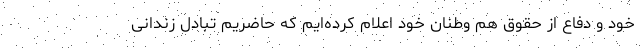
خود و دفاع از حقوق هم وطنان خود اعلام کرده‌ایم که حاضریم تبادل زندانی